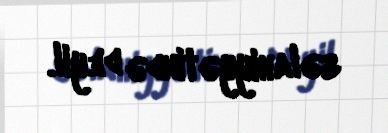
səlahiyyətində deyil.